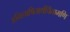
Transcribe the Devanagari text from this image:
अभिलाषितार्थचिंतामणि